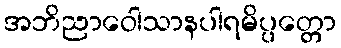
အဘိညာဝေါသာနပါရမိပ္ပတ္တော